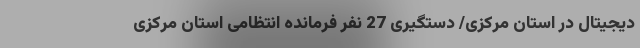
دیجیتال در استان مرکزی/ دستگیری 27 نفر فرمانده انتظامی استان مرکزی